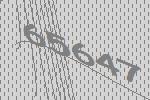
65647